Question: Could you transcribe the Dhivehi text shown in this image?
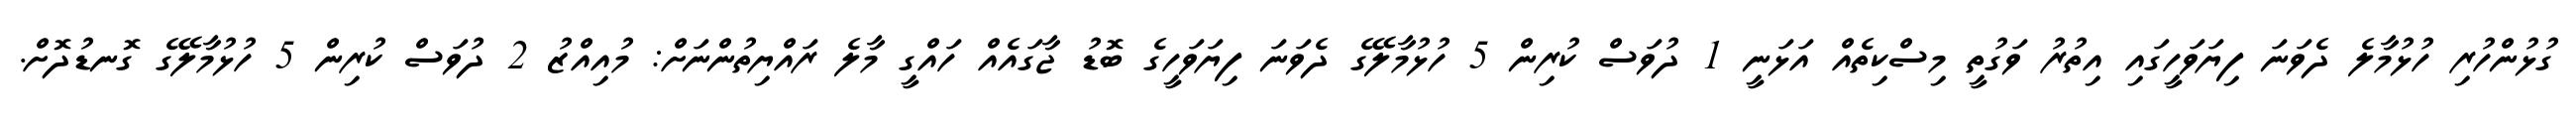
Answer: ގުޅުންހުރި ހުޅުމާލެ ދެވަނަ ފިޔަވަހީގައި އިތުރު ވަގުތީ މިސްކިތެއް އަޅަނީ 1 ދުވަސް ކުރިން 5 ހުޅުމާލޭގެ ދެވަނަ ފިޔަވަހީގެ ބޮޑު ޖާގައެއް ހައްގީ މާލެ ރައްޔިތުންނަށް: މުއިއްޒު 2 ދުވަސް ކުރިން 5 ހުޅުމާލޭގެ ގޮނޑުދޮށް.